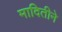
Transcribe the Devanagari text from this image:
मादितीने